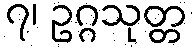
၇၊ ဥဂ္ဂသုတ္တ